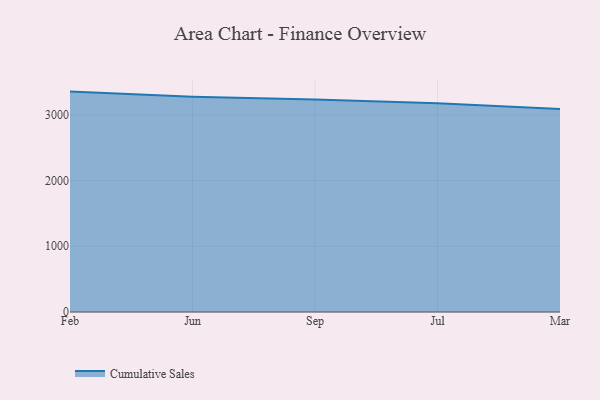
{"axis": {"x": "Month", "y": "Energy Usage (MWh)"}, "legend": ["Cumulative Sales"], "data": [{"x": "Feb", "y": 3351.4, "type": "Cumulative Sales"}, {"x": "Jun", "y": 3271.2, "type": "Cumulative Sales"}, {"x": "Sep", "y": 3230.0, "type": "Cumulative Sales"}, {"x": "Jul", "y": 3175.5, "type": "Cumulative Sales"}, {"x": "Mar", "y": 3087.0, "type": "Cumulative Sales"}]}